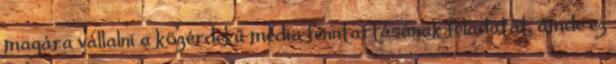
magára vállalni a közérdekű média fenntartásának feladatát, ámde ez